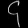
Digit: ၄